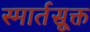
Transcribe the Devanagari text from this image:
स्मार्तसूक्त